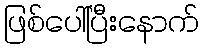
ဖြစ်ပေါ်ပြီးနောက်